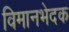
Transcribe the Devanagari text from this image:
विमानभेदक